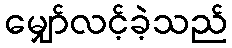
မျှော်လင့်ခဲ့သည်